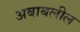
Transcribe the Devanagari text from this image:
अबाबलील